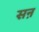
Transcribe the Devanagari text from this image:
सऩ